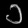
Digit: ၁